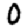
Digit: 0